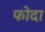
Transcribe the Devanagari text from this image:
फोदा